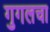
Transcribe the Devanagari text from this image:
गुगलचा